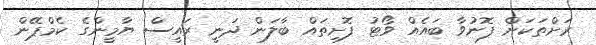
ރަށްތަކަށް ފޮނުވާ ބައެއް ވޯޓު ފޮށިތައް ބާލަން ދަނީ ރައީސް ޔާމީންގެ ކެމްޕޭން